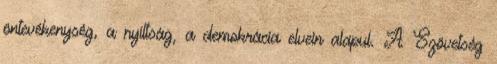
öntevékenység, a nyíltság, a demokrácia elvein alapul. A Szövetség